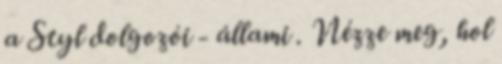
a Styl dolgozói - állami . Nézze meg, hol